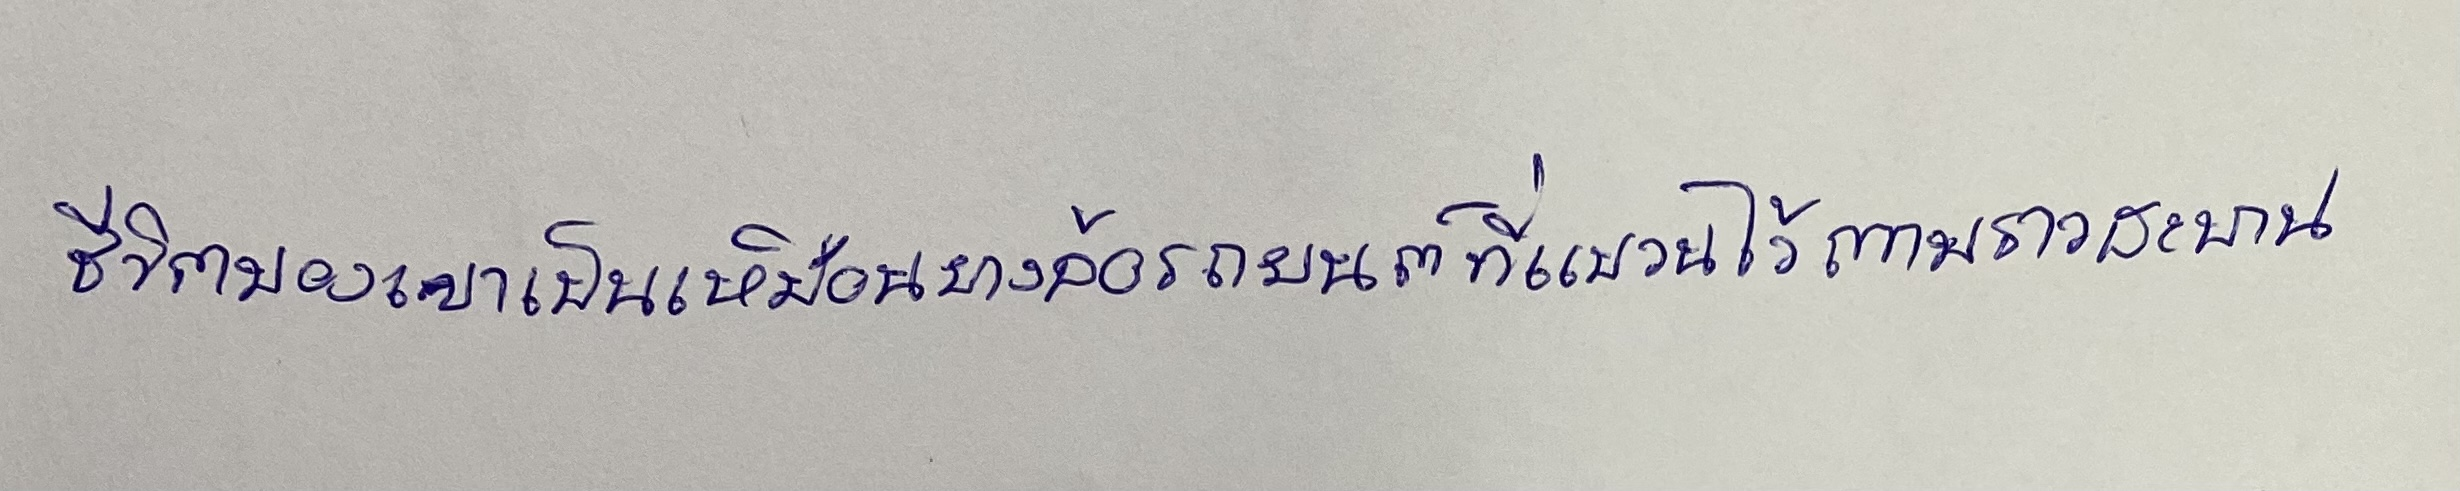
ชีวิตของเขาเป็นเหมือนยางล้อรถยนต์ที่แขวนไว้ตามราวสะพาน